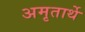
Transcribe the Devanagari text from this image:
अमृतार्थे